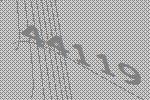
44119